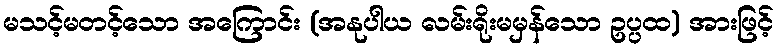
မသင့်မတင့်သော အကြောင်း (အနုပါယ လမ်းရိုးမမှန်သော ဥပ္ပထ) အားဖြင့်